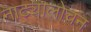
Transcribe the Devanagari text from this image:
नाट्यालोचन